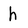
Character: h